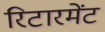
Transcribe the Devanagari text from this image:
रिटारमेंट